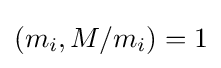
(m_{i},M/m_{i})=1